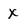
Character: X